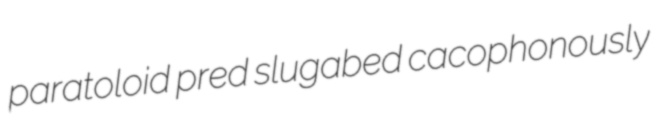
paratoloid pred slugabed cacophonously